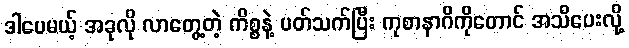
ဒါပေမယ့် အခုလို လာတွေ့တဲ့ ကိစ္စနဲ့ ပတ်သက်ပြီး ကုစာနာဂိကိုတောင် အသိပေးလို့